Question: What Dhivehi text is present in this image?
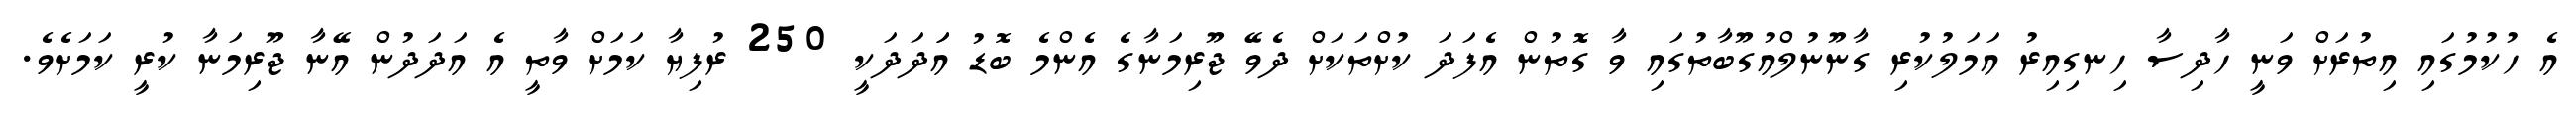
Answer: އެ ހުކުމުގައި އިތުރަށް ވަނީ ހާދިސާ ހިނގިއިރު އަމަލުކުރި ގާނޫނުލްއުގޫބާތުގައި ވާ ގޮތުން އެފަދަ ކުށްތަކަށް ދެވޭ ޖޫރިމަނާގެ އެންމެ ބޮޑު އަަދަދަކީ 250 ރުފިޔާ ކަމަށް ވާތީ އެ އަދަދުން އޭނާ ޖޫރިމަނާ ކުރީ ކަމަށެވެ.